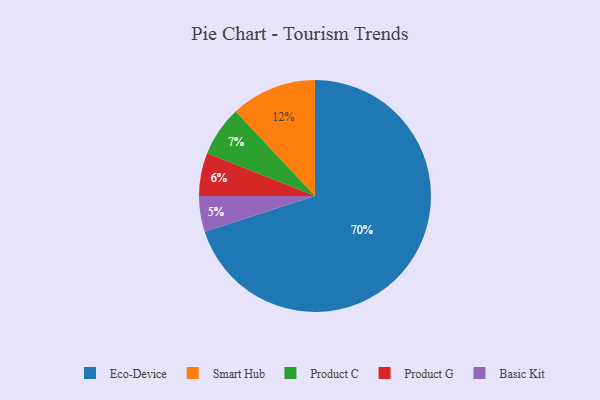
{"axis": {"x": "Category", "y": "Percentage"}, "legend": ["Basic Kit", "Eco-Device", "Product C", "Product G", "Smart Hub"], "data": [{"x": "Product G", "y": 6, "type": "Product G"}, {"x": "Product C", "y": 7, "type": "Product C"}, {"x": "Eco-Device", "y": 70, "type": "Eco-Device"}, {"x": "Smart Hub", "y": 12, "type": "Smart Hub"}, {"x": "Basic Kit", "y": 5, "type": "Basic Kit"}]}